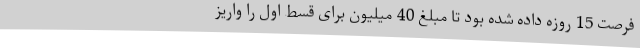
فرصت 15 روزه داده شده بود تا مبلغ 40 میلیون برای قسط اول را واریز